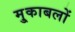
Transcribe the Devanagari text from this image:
मु्काबलों